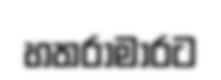
හතරාමාරට